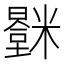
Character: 𬖻